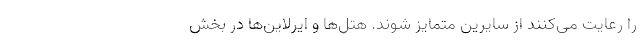
را رعایت می‌کنند از سایرین متمایز شوند. هتل‌ها و ایرلاین‌ها در بخش